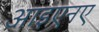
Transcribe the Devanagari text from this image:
आइएनए